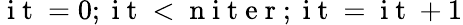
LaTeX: \mathrm{~i~t~}=0;\mathrm{~i~t~}<\mathrm{~n~i~t~e~r~};\mathrm{~i~t~}=\mathrm{~i~t~}+1